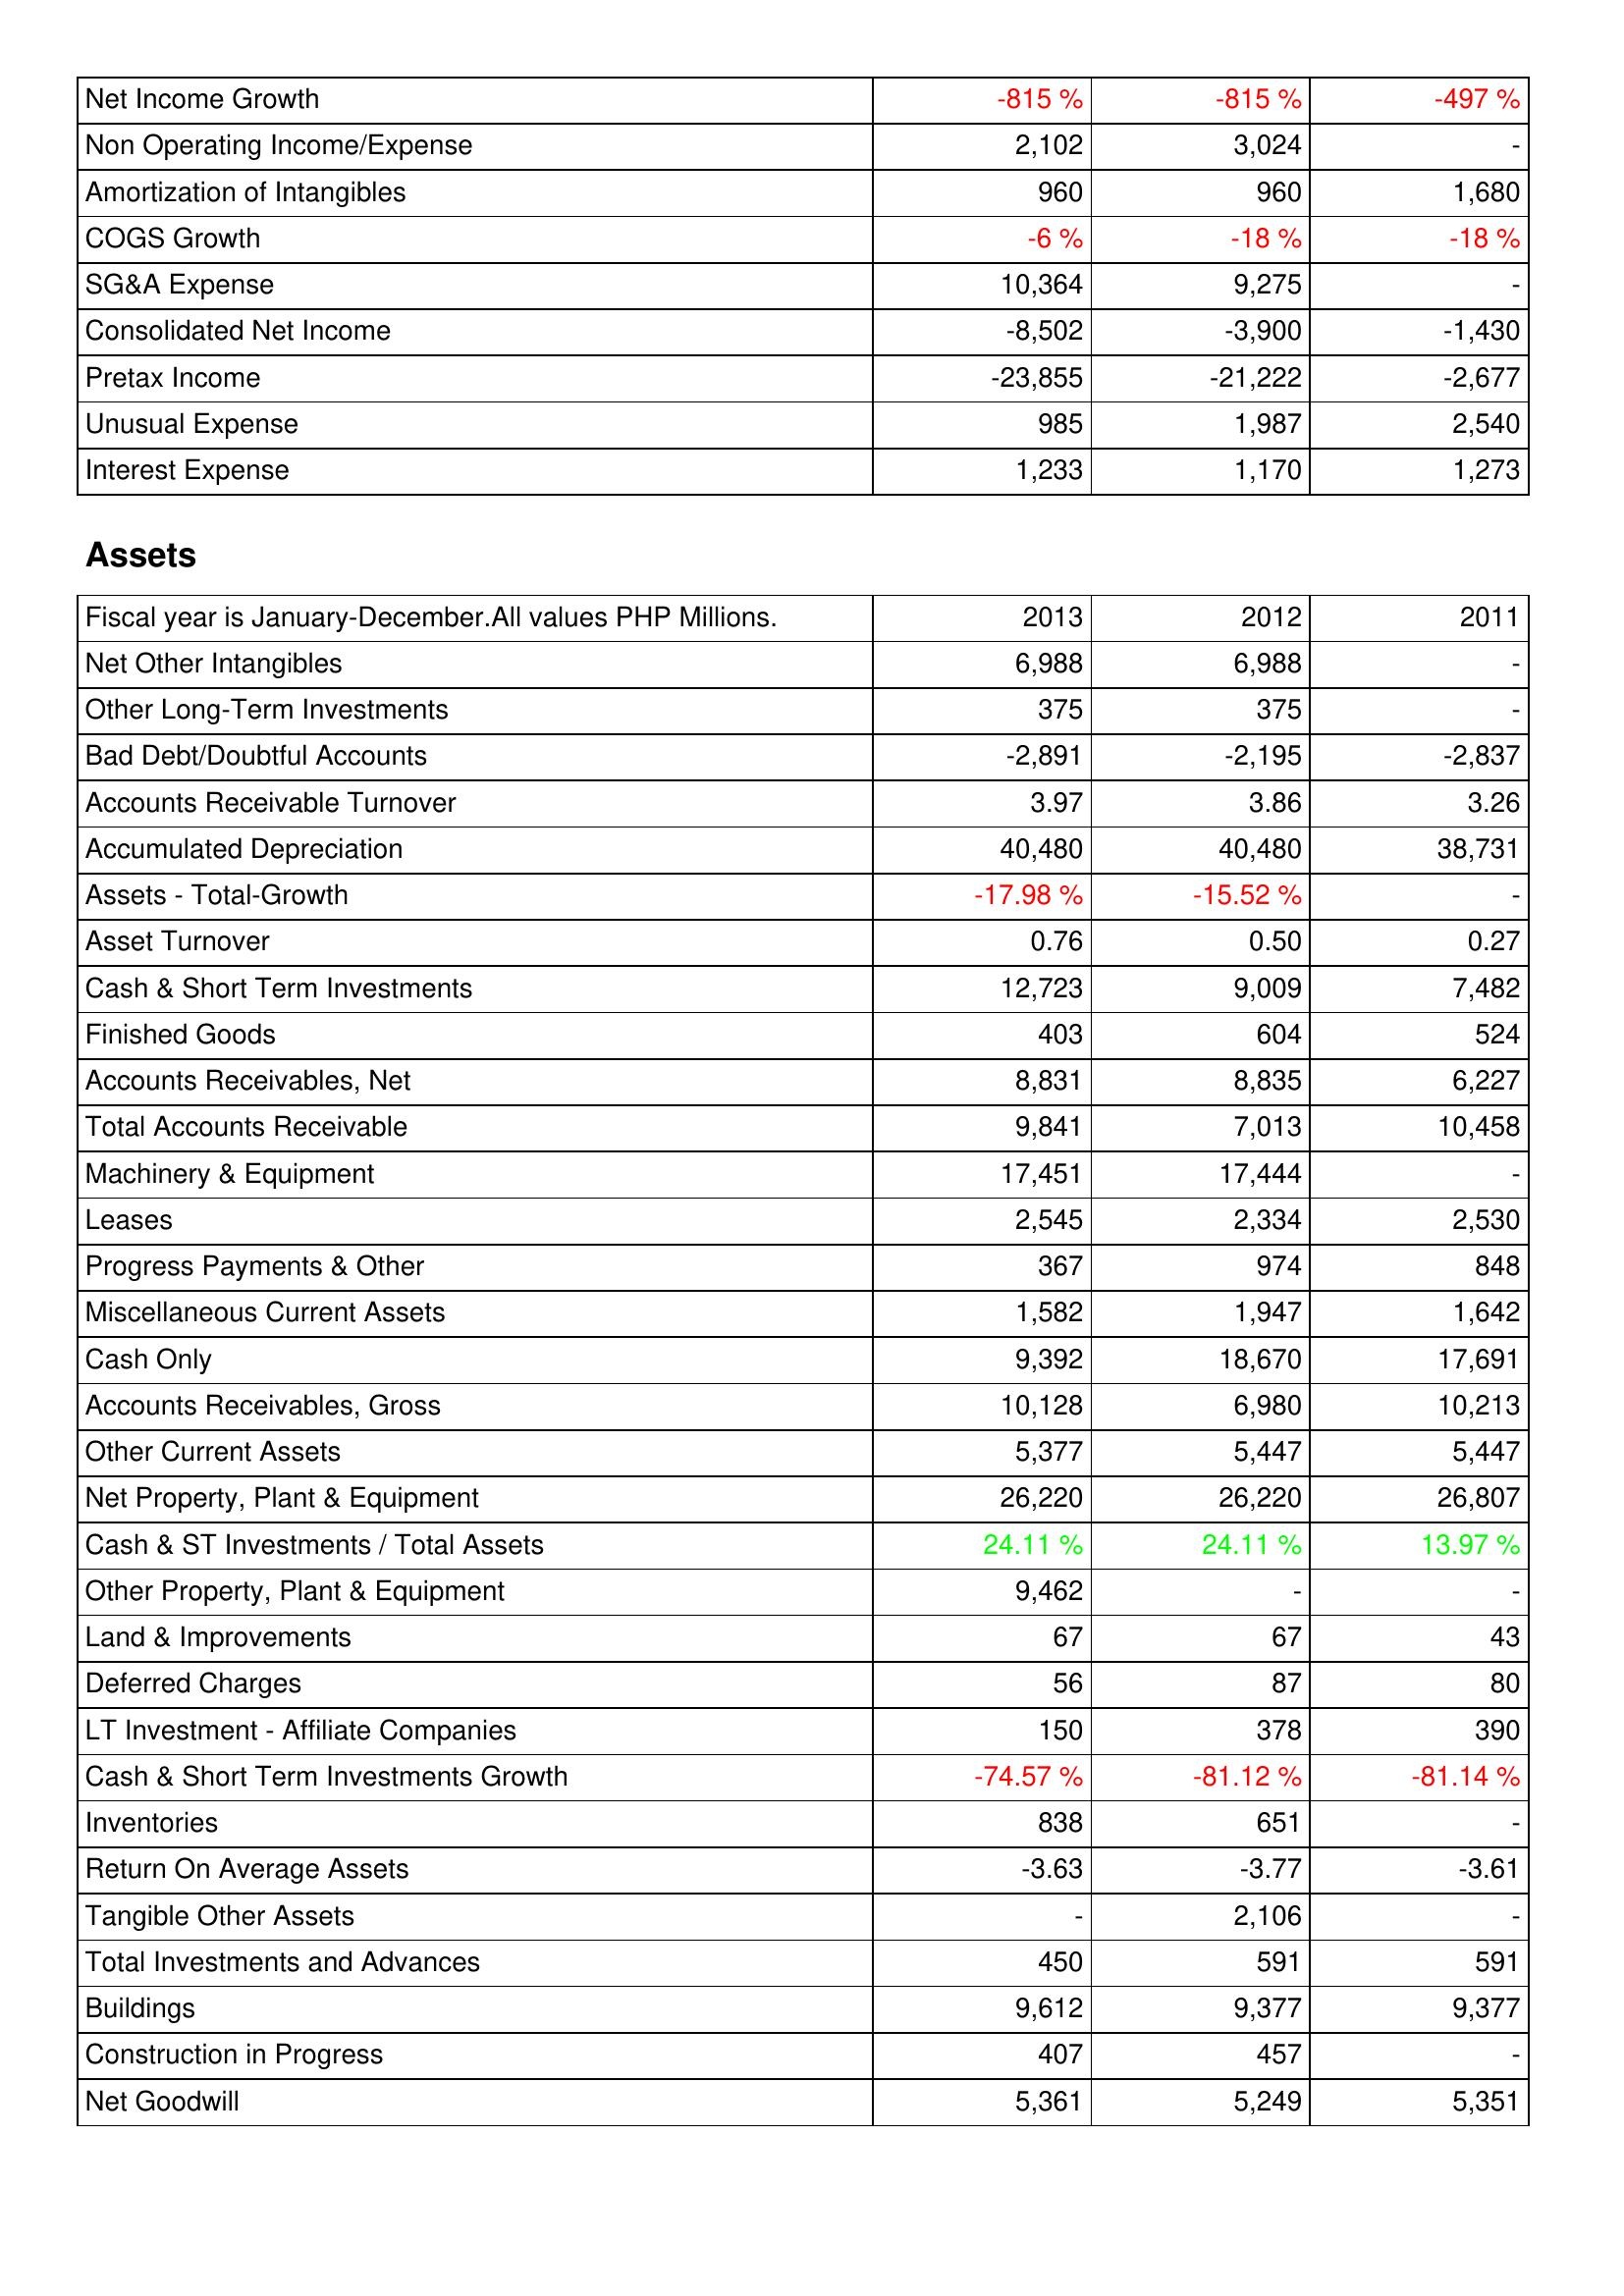
2013: Income Statement: Net Income Growth: -815 %
Non Operating Income/Expense: 2,102
Amortization of Intangibles: 960
COGS Growth: -6 %
SG&A Expense: 10,364
Consolidated Net Income: -8,502
Pretax Income: -23,855
Unusual Expense: 985
Interest Expense: 1,233
Assets: Net Other Intangibles: 6,988
Other Long-Term Investments: 375
Bad Debt/Doubtful Accounts: -2,891
Accounts Receivable Turnover: 3.97
Accumulated Depreciation: 40,480
Assets - Total-Growth: -17.98 %
Asset Turnover: 0.76
Cash & Short Term Investments: 12,723
Finished Goods: 403
Accounts Receivables, Net: 8,831
Total Accounts Receivable: 9,841
Machinery & Equipment: 17,451
Leases: 2,545
Progress Payments & Other: 367
Miscellaneous Current Assets: 1,582
Cash Only: 9,392
Accounts Receivables, Gross: 10,128
Other Current Assets: 5,377
Net Property, Plant & Equipment: 26,220
Cash & ST Investments / Total Assets: 24.11 %
Other Property, Plant & Equipment: 9,462
Land & Improvements: 67
Deferred Charges: 56
LT Investment - Affiliate Companies: 150
Cash & Short Term Investments Growth: -74.57 %
Inventories: 838
Return On Average Assets: -3.63
Tangible Other Assets: -
Total Investments and Advances: 450
Buildings: 9,612
Construction in Progress: 407
Net Goodwill: 5,361
2012: Income Statement: Net Income Growth: -815 %
Non Operating Income/Expense: 3,024
Amortization of Intangibles: 960
COGS Growth: -18 %
SG&A Expense: 9,275
Consolidated Net Income: -3,900
Pretax Income: -21,222
Unusual Expense: 1,987
Interest Expense: 1,170
Assets: Net Other Intangibles: 6,988
Other Long-Term Investments: 375
Bad Debt/Doubtful Accounts: -2,195
Accounts Receivable Turnover: 3.86
Accumulated Depreciation: 40,480
Assets - Total-Growth: -15.52 %
Asset Turnover: 0.50
Cash & Short Term Investments: 9,009
Finished Goods: 604
Accounts Receivables, Net: 8,835
Total Accounts Receivable: 7,013
Machinery & Equipment: 17,444
Leases: 2,334
Progress Payments & Other: 974
Miscellaneous Current Assets: 1,947
Cash Only: 18,670
Accounts Receivables, Gross: 6,980
Other Current Assets: 5,447
Net Property, Plant & Equipment: 26,220
Cash & ST Investments / Total Assets: 24.11 %
Other Property, Plant & Equipment: -
Land & Improvements: 67
Deferred Charges: 87
LT Investment - Affiliate Companies: 378
Cash & Short Term Investments Growth: -81.12 %
Inventories: 651
Return On Average Assets: -3.77
Tangible Other Assets: 2,106
Total Investments and Advances: 591
Buildings: 9,377
Construction in Progress: 457
Net Goodwill: 5,249
2011: Income Statement: Net Income Growth: -497 %
Non Operating Income/Expense: -
Amortization of Intangibles: 1,680
COGS Growth: -18 %
SG&A Expense: -
Consolidated Net Income: -1,430
Pretax Income: -2,677
Unusual Expense: 2,540
Interest Expense: 1,273
Assets: Net Other Intangibles: -
Other Long-Term Investments: -
Bad Debt/Doubtful Accounts: -2,837
Accounts Receivable Turnover: 3.26
Accumulated Depreciation: 38,731
Assets - Total-Growth: -
Asset Turnover: 0.27
Cash & Short Term Investments: 7,482
Finished Goods: 524
Accounts Receivables, Net: 6,227
Total Accounts Receivable: 10,458
Machinery & Equipment: -
Leases: 2,530
Progress Payments & Other: 848
Miscellaneous Current Assets: 1,642
Cash Only: 17,691
Accounts Receivables, Gross: 10,213
Other Current Assets: 5,447
Net Property, Plant & Equipment: 26,807
Cash & ST Investments / Total Assets: 13.97 %
Other Property, Plant & Equipment: -
Land & Improvements: 43
Deferred Charges: 80
LT Investment - Affiliate Companies: 390
Cash & Short Term Investments Growth: -81.14 %
Inventories: -
Return On Average Assets: -3.61
Tangible Other Assets: -
Total Investments and Advances: 591
Buildings: 9,377
Construction in Progress: -
Net Goodwill: 5,351